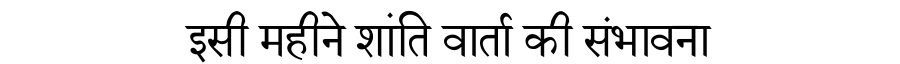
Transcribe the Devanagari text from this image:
इसी महीने शांति वार्ता की संभावना